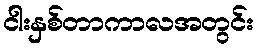
ငါးနှစ်တာကာလအတွင်း